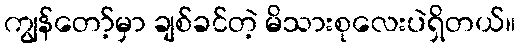
ကျွန်တော့်မှာ ချစ်ခင်တဲ့ မိသားစုလေးပဲရှိတယ်။